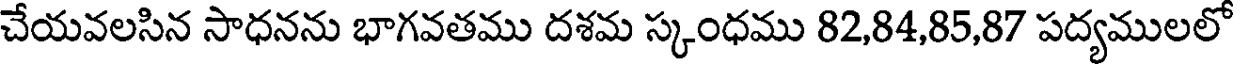
చేయవలసిన సాధనను భాగవతము దశమ స్కంధము 82,84,85,87 పద్యములలో